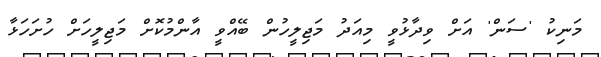
މަނިކު 'ސަން' އަށް ވިދާޅުވީ މިއަދު މަޖިލީހުން ބޭއްވީ އާންމުކޮށް މަޖިލީހަށް ހުށަހަޅާ